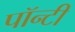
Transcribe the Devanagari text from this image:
पॉन्टी